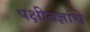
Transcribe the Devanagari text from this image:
पक्षीतज्ञांचे